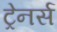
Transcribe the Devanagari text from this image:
ट्रेनर्स